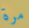
مرة